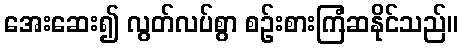
အေးဆေး၍ လွတ်လပ်စွာ စဉ်းစားကြံဆနိုင်သည်။